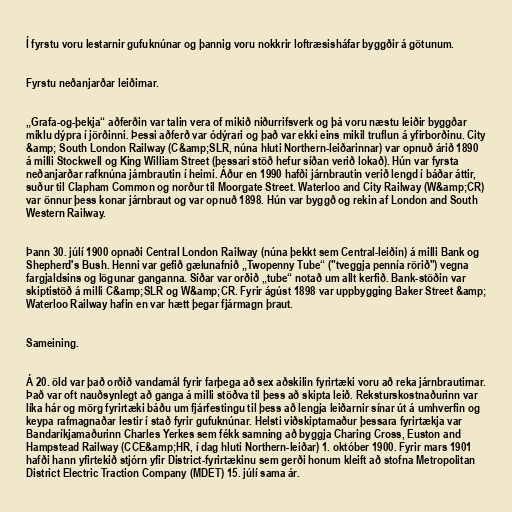
Í fyrstu voru lestarnir gufuknúnar og þannig voru nokkrir loftræsisháfar byggðir á götunum.

Fyrstu neðanjarðar leiðirnar.

„Grafa-og-þekja“ aðferðin var talin vera of mikið niðurrifsverk og þá voru næstu leiðir byggðar
miklu dýpra í jörðinni. Þessi aðferð var ódýrari og það var ekki eins mikil truflun á yfirborðinu. City
&amp; South London Railway (C&amp;SLR, núna hluti Northern-leiðarinnar) var opnuð árið 1890
á milli Stockwell og King William Street (þessari stöð hefur síðan verið lokað). Hún var fyrsta
neðanjarðar rafknúna járnbrautin í heimi. Áður en 1990 hafði járnbrautin verið lengd í báðar áttir,
suður til Clapham Common og norður til Moorgate Street. Waterloo and City Railway (W&amp;CR)
var önnur þess konar járnbraut og var opnuð 1898. Hún var byggð og rekin af London and South
Western Railway.

Þann 30. júlí 1900 opnaði Central London Railway (núna þekkt sem Central-leiðin) á milli Bank og
Shepherd's Bush. Henni var gefið gælunafnið „Twopenny Tube“ ("tveggja pennía rörið") vegna
fargjaldsins og lögunar ganganna. Síðar var orðið „tube“ notað um allt kerfið. Bank-stöðin var
skiptistöð á milli C&amp;SLR og W&amp;CR. Fyrir ágúst 1898 var uppbygging Baker Street &amp;
Waterloo Railway hafin en var hætt þegar fjármagn þraut.

Sameining.

Á 20. öld var það orðið vandamál fyrir farþega að sex aðskilin fyrirtæki voru að reka járnbrautirnar.
Það var oft nauðsynlegt að ganga á milli stöðva til þess að skipta leið. Reksturskostnaðurinn var
líka hár og mörg fyrirtæki báðu um fjárfestingu til þess að lengja leiðarnir sínar út á umhverfin og
keypa rafmagnaðar lestir í stað fyrir gufuknúnar. Helsti viðskiptamaður þessara fyrirtækja var
Bandaríkjamaðurinn Charles Yerkes sem fékk samning að byggja Charing Cross, Euston and
Hampstead Railway (CCE&amp;HR, í dag hluti Northern-leiðar) 1. október 1900. Fyrir mars 1901
hafði hann yfirtekið stjórn yfir District-fyrirtækinu sem gerði honum kleift að stofna Metropolitan
District Electric Traction Company (MDET) 15. júlí sama ár.